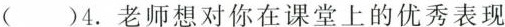
（）4.老师想对你在课堂上的优秀表现